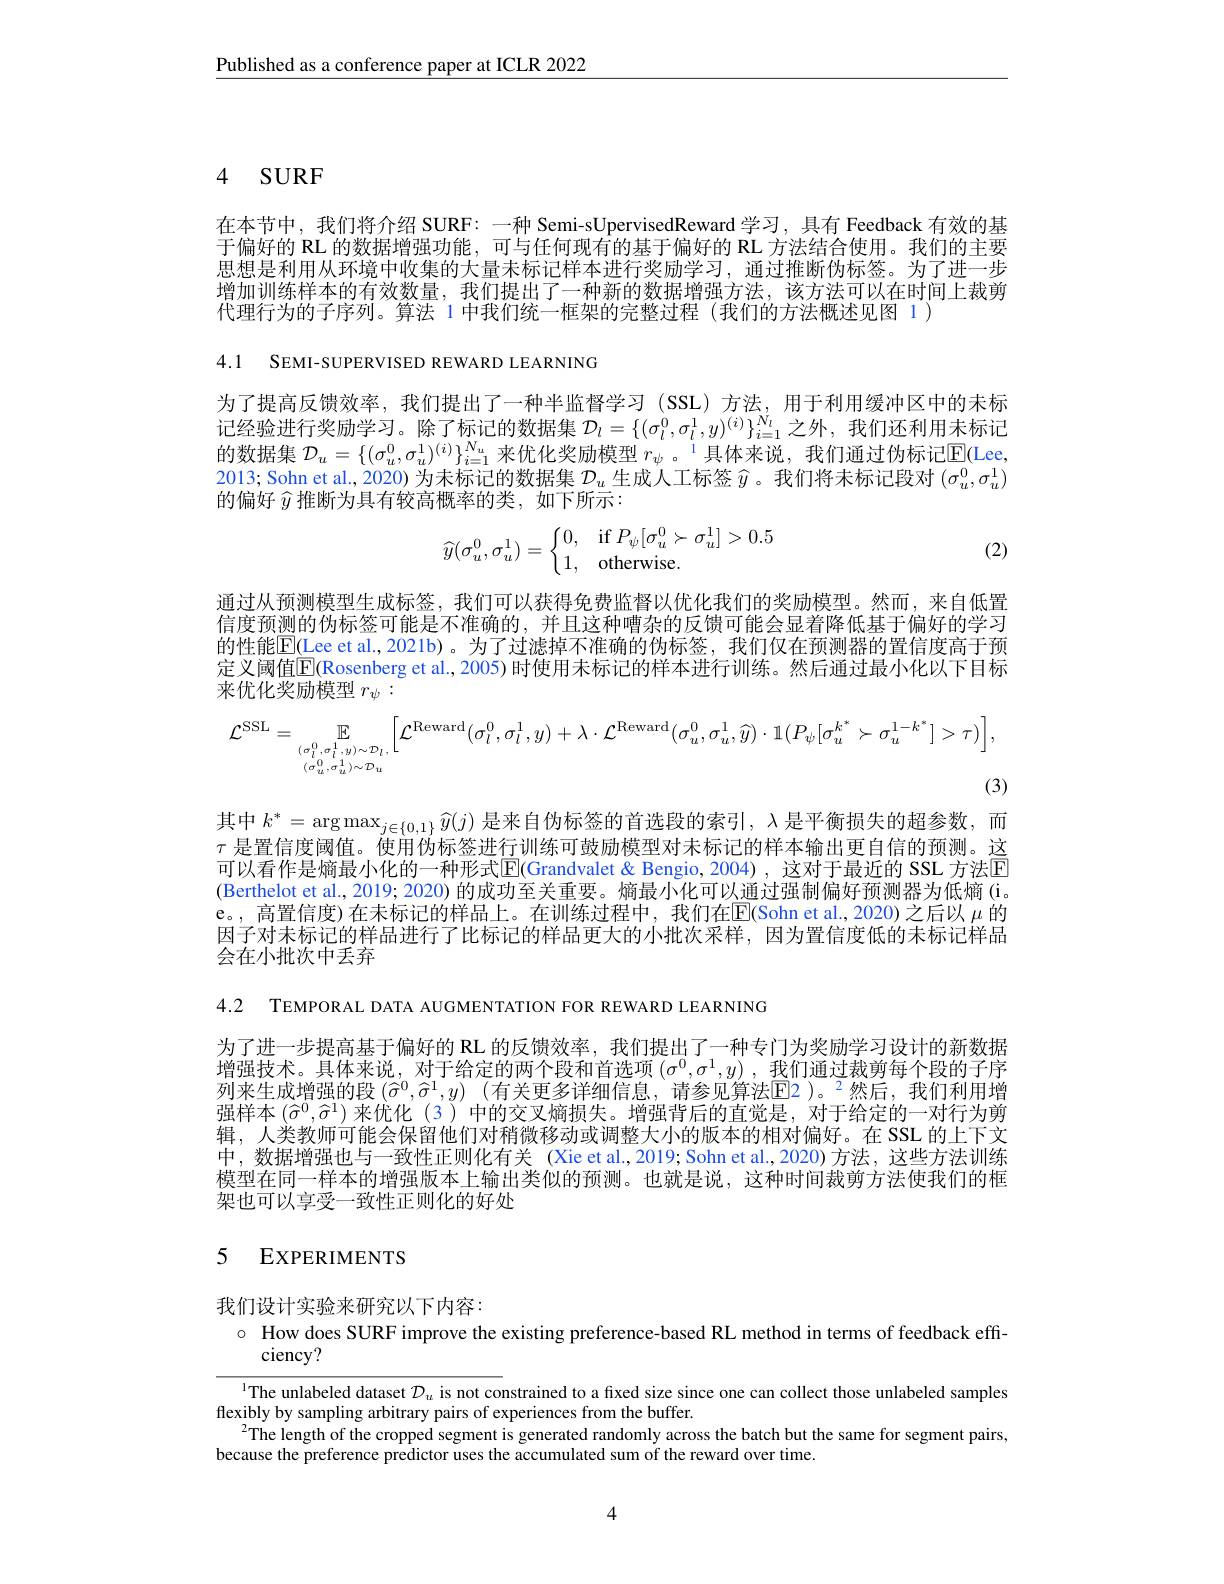
Published as a conference paper at ICLR 2022

# 4 $SURF$

在本节中，我们将介绍 SURF: 一种 Semi-sUpervisedReward 学习，具有 Feedback 有效的基于偏好的 RL 的数据增强功能，可与任何现有的基于偏好的 RL 方法结合使用。我们的主要思想是利用从环境中收集的大量未标记样本进行奖励学习，通过推断伪标签。为了进一步增加训练样本的有效数量，我们提出了一种新的数据增强方法，该方法可以在时间上裁剪代理行为的子序列。算法 1 中我们统一框架的完整过程 (我们的方法概述见图 1)

4.1 SEMI-SUPERVISED REWARD LEARNING

为了提高反馈效率，我们提出了一种半监督学习(SSL)方法，用于利用缓冲区中的未标记经验进行奖励学习。除了标记的数据集$\mathcal{D}_l=\{(\sigma_l^0,\sigma_l^1,y)^{(i)}\}_{i=1}^{N_l}$之外，我们还利用未标记的数据集$\mathcal{D}_u=\{(\sigma_u^0,\sigma_u^1)^{(i)}\}_{i=1}^{N_u}$来优化奖励模型$r_\psi$ 。$^1$具体来说，我们通过伪标记$\mathbb{E}($Lee, 2013; Sohn et al., 2020) 为未标记的数据集$\mathcal{D}_u$生成人工标签$\widehat{y}$ 。我们将未标记段对$(\sigma_u^0,\sigma_u^1)$ 的偏好$\widehat{y}$推断为具有较高概率的类，如下所示：
$$\widehat{y}(\sigma_u^0,\sigma_u^1)=\left\{\begin{matrix}0,&\text{if}P_\psi[\sigma_u^0\succ\sigma_u^1]>0.5\\1,&\text{otherwise.}\end{matrix}\right.$$
(2)

通过从预测模型生成标签，我们可以获得免费监督以优化我们的奖励模型。然而，来自低置信度预测的伪标签可能是不准确的，并且这种嘈杂的反馈可能会显着降低基于偏好的学习的性能$\underline{\mathrm{E}}($Lee et al.,2021b)。为了过滤掉不准确的伪标签，我们仅在预测器的置信度高于预定义阈值$\overline{\mathbb{E}}$(Rosenberg et al., 2005) 时使用未标记的样本进行训练。然后通过最小化以下目标来优化奖励模型$r_\psi:$
$$\mathcal{L}^{\mathrm{SSL}}=\underset{(\sigma_{l}^{0},\sigma_{l}^{1},y)\sim\mathcal{D}_{l},}{\operatorname*{\mathbb{E}}}\Big[\mathcal{L}^{\mathrm{Reward}}(\sigma_{l}^{0},\sigma_{l}^{1},y)+\lambda\cdot\mathcal{L}^{\mathrm{Reward}}(\sigma_{u}^{0},\sigma_{u}^{1},\widehat{y})\cdot\mathbb{1}(P_{\psi}[\sigma_{u}^{k^{*}}\succ\sigma_{u}^{1-k^{*}}]>\tau)\Big],$$
(3)

其中$k^*=\arg\max_{j\in\{0,1\}}\widehat{y}(j)$ 是来自伪标签的首选段的索引，$\lambda$是平衡损失的超参数，而$\tau$是置信度阈值。使用伪标签进行训练可鼓励模型对未标记的样本输出更自信的预测。这可以看作是熵最小化的一种形式$\overline{\mathbb{E}}($Grandvalet & Bengio, 2004), 这对于最近的 SSL 方法区(Berthelot et al., 2019; 2020) 的成功至关重要。熵最小化可以通过强制偏好预测器为低熵 (i。e。, 高置信度)在未标记的样品上。在训练过程中，我们在$\overline{\mathrm{E}}($Sohn et al.,2020)之后以 $\mu$ 的因子对未标记的样品进行了比标记的样品更大的小批次采样，因为置信度低的未标记样品会在小批次中丢弃

4.2 TEMPORAL DATA AUGMENTATION FOR REWARD LEARNING

为了进一步提高基于偏好的 RL 的反馈效率，我们提出了一种专门为奖励学习设计的新数据增强技术。具体来说，对于给定的两个段和首选项$(\sigma^0,\sigma^1,y)$,我们通过裁剪每个段的子序列来生成增强的段 $( \widehat{\sigma } ^0, \widehat{\sigma } ^1, y)$ (有关更多详细信息，请参见算法$\underline{\mathrm{E}}\underline{\mathrm{E}}\underline{\mathrm{2}})$。$^2$然后，我们利用增强样本$(\widehat{\sigma}^0,\widehat{\sigma}^1)$来优化 (3 )中的交叉熵损失。增强背后的直觉是，对于给定的一对行为剪辑，人类教师可能会保留他们对稍微移动或调整大小的版本的相对偏好。在 SSL 的上下文中，数据增强也与一致性正则化有关 (Xie et al.,2019; Sohn et al.,2020) 方法，这些方法训练模型在同一样本的增强版本上输出类似的预测。也就是说，这种时间裁剪方法使我们的框架也可以享受一致性正则化的好处

# 5 EXPERIMENTS

我们设计实验来研究以下内容：

$\circ$ How does SURF improve the existing preference-based RL method in terms of feedback effi-
ciency?

l The unlabeled dataset $\mathcal{D}_u$ is not constrained to a fixed size since one can collect those unlabeled samples
flexibly by sampling arbitrary pairs of experiences from the buffer.
$^{2}$The length of the cropped segment is generated randomly across the batch but the same for segment pairs,
because the preference predictor uses the accumulated sum of the reward over time.

4